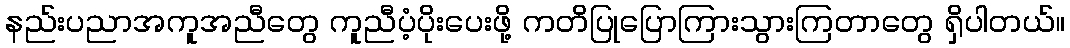
နည်းပညာအကူအညီတွေ ကူညီပံ့ပိုးပေးဖို့ ကတိပြုပြောကြားသွားကြတာတွေ ရှိပါတယ်။